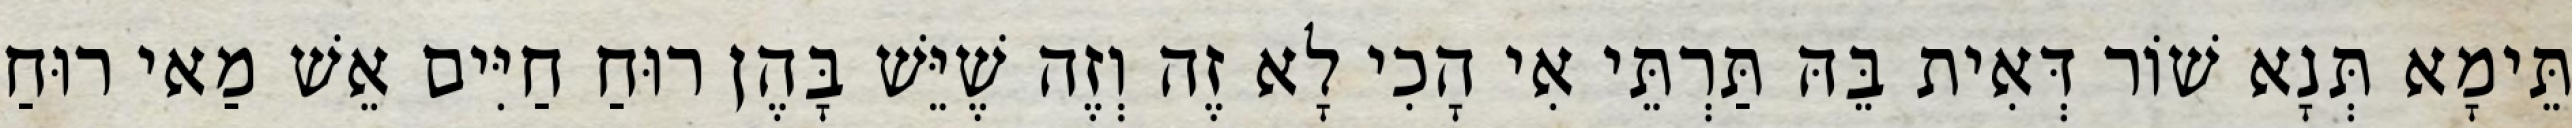
תֵּימָא תְּנָא שׁוֹר דְּאִית בֵּהּ תַּרְתֵּי אִי הָכִי לָא זֶה וְזֶה שֶׁיֵּשׁ בָּהֶן רוּחַ חַיִּים אֵשׁ מַאי רוּחַ